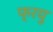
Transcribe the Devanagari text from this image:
फ्रयु